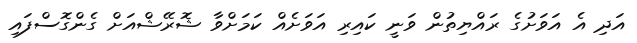
އަދި އެ އަވަށުގެ ރައްޔިތުން ވަނީ ކައިރި އަވަށެއް ކަމަށްވާ ޝޮރޭޝްއަށް ގެންގޮސްފައި